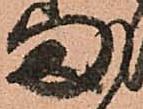
ま